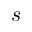
s